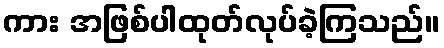
ကား အဖြစ်ပါထုတ်လုပ်ခဲ့ကြသည်။